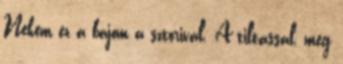
Nekem ez a bajom a sztorival. A tiltással, meg